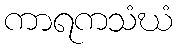
ကာရကသံဃံ